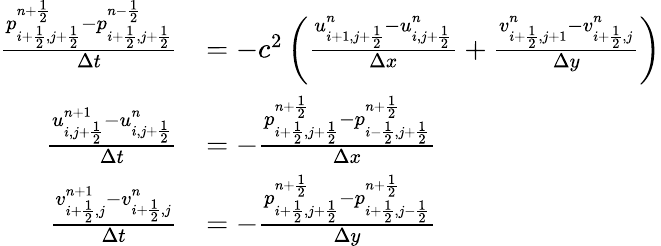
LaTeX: \begin{array}{rl}{\frac{p_{i+\frac 12,j+\frac 12}^{n+\frac 12}-p_{i+\frac 12,j+\frac 12}^{n-\frac 12}}{\Delta t}}&{=-c^{2}\left(\frac{u_{i+1,j+\frac 12}^{n}-u_{i,j+\frac 12}^{n}}{\Delta x}+\frac{v_{i+\frac 12,j+1}^{n}-v_{i+\frac 12,j}^{n}}{\Delta y}\right)}\\ {\frac{u_{i,j+\frac 12}^{n+1}-u_{i,j+\frac 12}^{n}}{\Delta t}}&{=-\frac{p_{i+\frac 12,j+\frac 12}^{n+\frac 12}-p_{i-\frac 12,j+\frac 12}^{n+\frac 12}}{\Delta x}}\\ {\frac{v_{i+\frac 12,j}^{n+1}-v_{i+\frac 12,j}^{n}}{\Delta t}}&{=-\frac{p_{i+\frac 12,j+\frac 12}^{n+\frac 12}-p_{i+\frac 12,j-\frac 12}^{n+\frac 12}}{\Delta y}}\end{array}